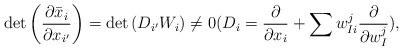
LaTeX: \begin{align*}\det\left(\frac{\partial \bar x_i}{\partial x_{i'}}\right)=\det\left(D_{i'}W_i\right)\neq 0(D_i=\frac{\partial}{\partial x_i}+\sum w^j_{Ii}\frac{\partial}{\partial w^j_I}), \end{align*}